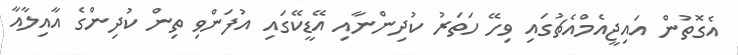
އެގޮތުން އައިޖީއެމްއެޗުގައި ވިހޭ ހަތަރު ކުދިންނާއި އޭޑީކޭގައި އުފަންވި ތިން ކުދިންގެ އާއިލާއާ